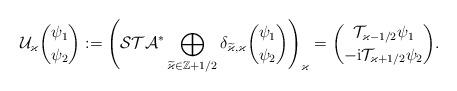
LaTeX: \begin{align*} \mathcal U_\varkappa\binom{\psi_1}{\psi_2} :=\Bigg(\mathcal{STA}^*\bigoplus_{\widetilde\varkappa\in \mathbb Z +1/2}\delta_{\widetilde\varkappa, \varkappa}\binom{\psi_1}{\psi_2}\Bigg)_{\varkappa} =\binom{\mathcal T_{\varkappa -1/2}\psi_1}{-\mathrm i\mathcal T_{\varkappa +1/2}\psi_2}.\end{align*}